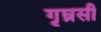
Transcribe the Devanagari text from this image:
गृघ्रसी